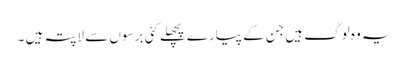
یہ وہ لوگ ہیں جن کے پیارے پچھلے کئی برسوں سے لاپتہ ہیں ۔